Problem: 23 - 4 = ?
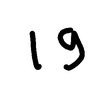
Handwritten answer: 19